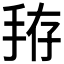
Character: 𰓚